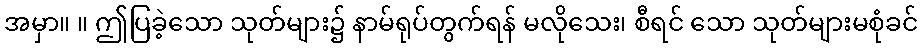
အမှာ။ ။ ဤပြခဲ့သော သုတ်များ၌ နာမ်ရုပ်တွက်ရန် မလိုသေး၊ စီရင် သော သုတ်များမစုံခင်